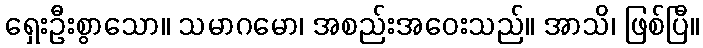
ရှေးဦးစွာသော။ သမာဂမော၊ အစည်းအဝေးသည်။ အာသိ၊ ဖြစ်ပြီ။